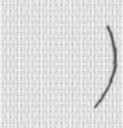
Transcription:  ہالٹ ریلوے اسٹیشن)